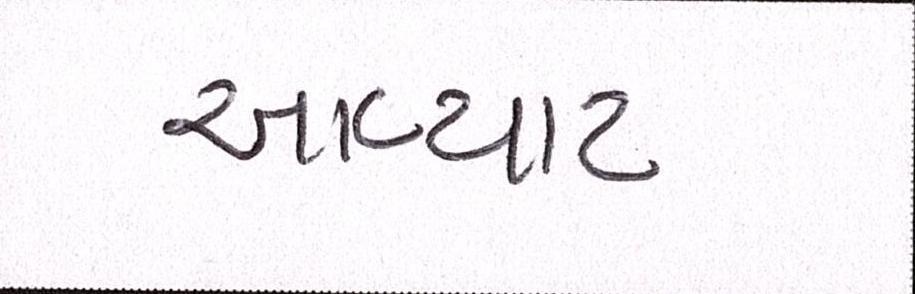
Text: આવ્યાટ